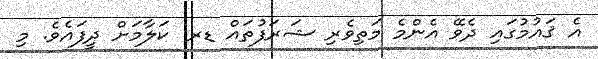
އެ ޤައުމުގައި ދެވޭ އެންމެ މަތިވެރި ޝަރަފުތައް ޑރ. ކަލާމަށް ދީފައެވެ. މި